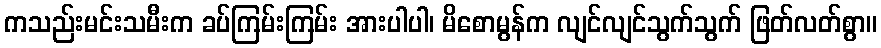
ကသည်းမင်းသမီးက ခပ်ကြမ်းကြမ်း အားပါပါ၊ မိစောမွန်က လျင်လျင်သွက်သွက် ဖြတ်လတ်စွာ။